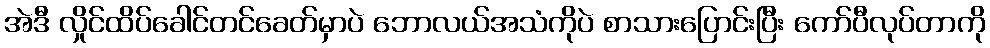
အဲဒီ လှိုင်ထိပ်ခေါင်တင်ခေတ်မှာပဲ ဘောလယ်အသံကိုပဲ စာသားပြောင်းပြီး ကော်ပီလုပ်တာကို